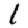
Digit: 1